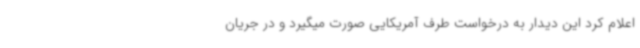
اعلام کرد این دیدار به درخواست طرف آمریکایی صورت میگیرد و در جریان